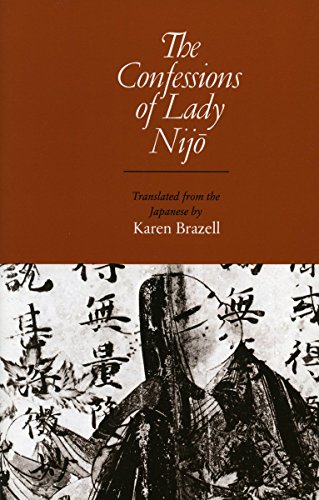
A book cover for The Confessions of Lady Nijo; Lady Nijo; Biographies & Memoirs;